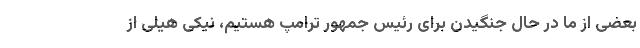
بعضی از ما در حال جنگیدن برای رئیس جمهور ترامپ هستیم، نیکی هیلی از